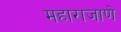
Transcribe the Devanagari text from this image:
महाराजाणे